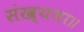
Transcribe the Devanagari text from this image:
संख्यया॥